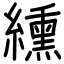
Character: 纁